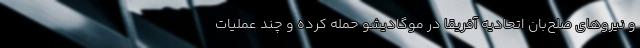
و نیروهای صلح‌بان اتحادیه آفریقا در موگادیشو حمله کرده‌ و چند عملیات‌